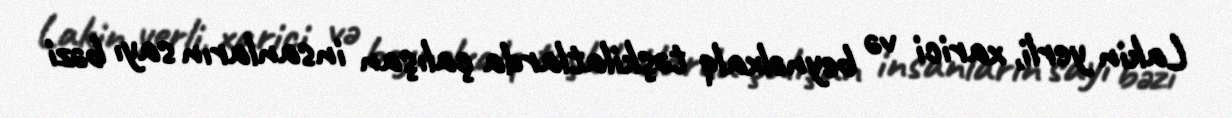
Lakin yerli, xarici və beynəlxalq təşkilatlarda çalışan insanların sayı bəzi